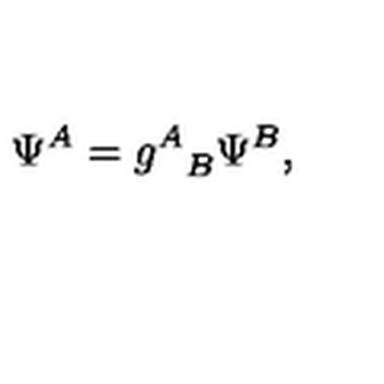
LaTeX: \Psi ^ { A } = { g ^ { A } } _ { B } \Psi ^ { B } ,